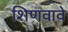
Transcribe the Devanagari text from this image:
शिणवावे